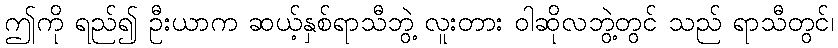
ဤကို ရည်၍ ဦးယာက ဆယ့်နှစ်ရာသီဘွဲ့ လူးတား ဝါဆိုလဘွဲ့တွင် သည် ရာသီတွင်၊